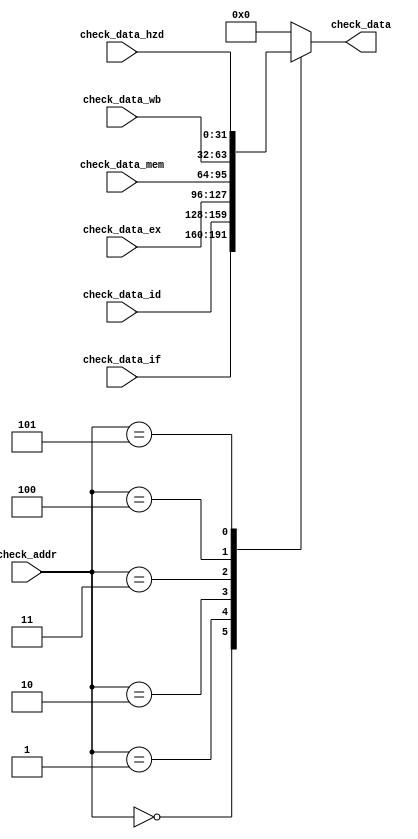
module Check_Data_SEG_SEL (
    input [31:0]            check_data_if,
    input [31:0]            check_data_id,
    input [31:0]            check_data_ex,
    input [31:0]            check_data_mem,
    input [31:0]            check_data_wb,
    input [31:0]            check_data_hzd,

    input [2:0]             check_addr,
    output reg [31:0]       check_data
);

    always @(*) begin
        check_data = 0;     // Default value

        case (check_addr)
            3'd0: check_data = check_data_if;
            3'd1: check_data = check_data_id;
            3'd2: check_data = check_data_ex;
            3'd3: check_data = check_data_mem;
            3'd4: check_data = check_data_wb;
            3'd5: check_data = check_data_hzd;
        endcase
    end

endmodule